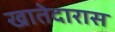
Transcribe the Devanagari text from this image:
खातेदारास